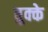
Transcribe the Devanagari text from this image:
तुक्के